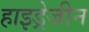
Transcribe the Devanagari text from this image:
हाइड्रेजीन